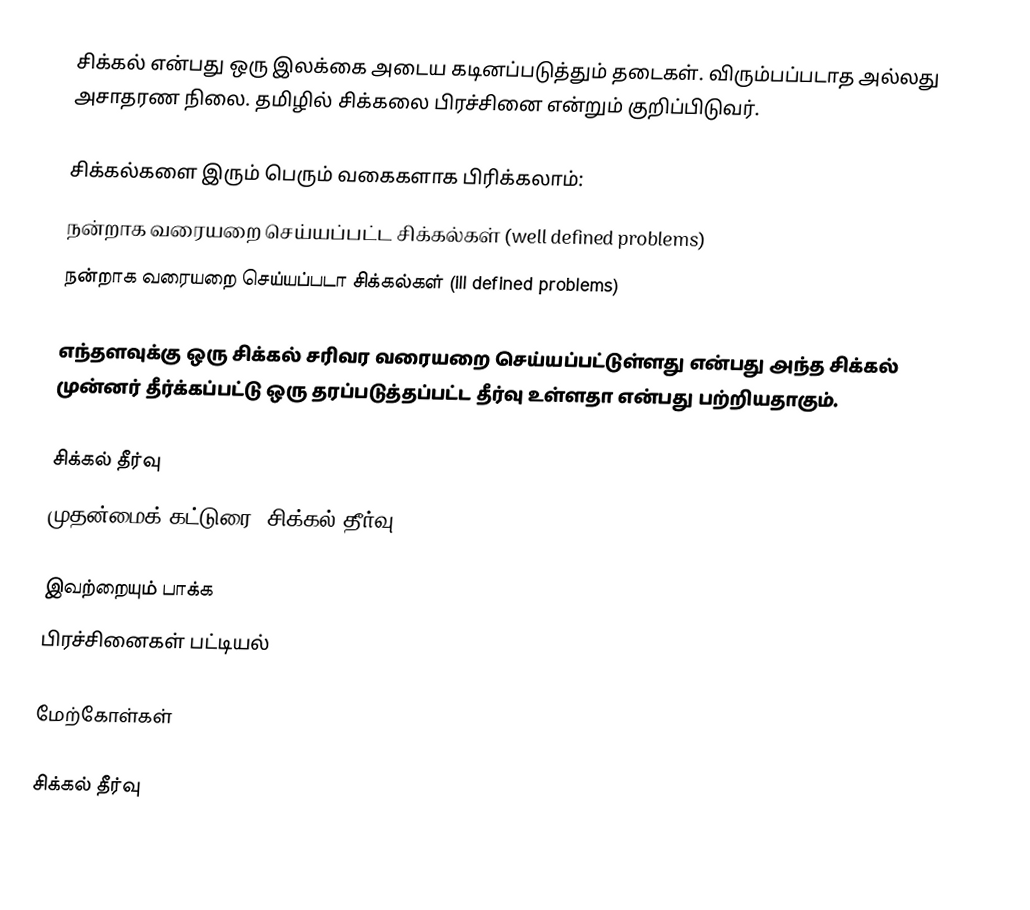
சிக்கல் என்பது ஒரு இலக்கை அடைய கடினப்படுத்தும் தடைகள். விரும்பப்படாத அல்லது அசாதரண நிலை.  தமிழில் சிக்கலை பிரச்சினை என்றும் குறிப்பிடுவர்.

சிக்கல்களை இரும் பெரும்  வகைகளாக பிரிக்கலாம்:
 நன்றாக வரையறை செய்யப்பட்ட சிக்கல்கள் (well defined problems)
 நன்றாக வரையறை செய்யப்படா சிக்கல்கள் (ill defined problems)

எந்தளவுக்கு ஒரு சிக்கல் சரிவர வரையறை செய்யப்பட்டுள்ளது என்பது அந்த சிக்கல் முன்னர் தீர்க்கப்பட்டு ஒரு தரப்படுத்தப்பட்ட தீர்வு உள்ளதா என்பது பற்றியதாகும்.

சிக்கல் தீர்வு
முதன்மைக் கட்டுரை: சிக்கல் தீர்வு

இவற்றையும் பாக்க
 பிரச்சினைகள் பட்டியல்

மேற்கோள்கள்

சிக்கல் தீர்வு